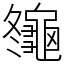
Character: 䶱